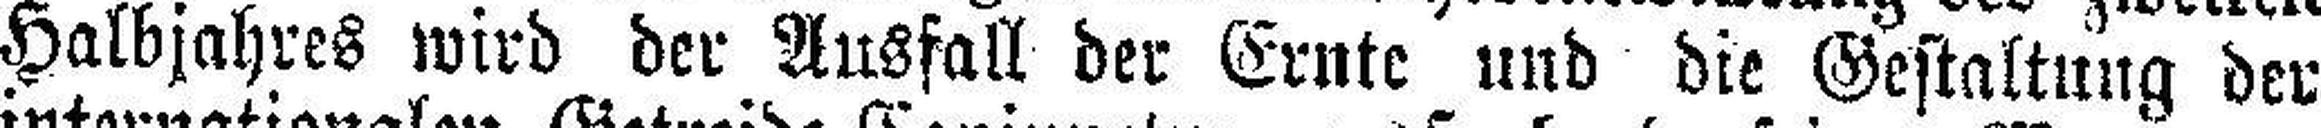
Halbjahres wird der Ausfall der Ernte und die Gestaltung der